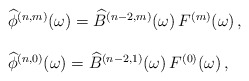
\begin{align*} \begin{array}{l}{\widehat \phi}^{(n,m)}(\omega)={\widehat B}^{(n-2,m)} (\omega)\,F^{(m)}(\omega)\,, \\ \\{\widehat \phi}^{(n,0)}(\omega) = {\widehat B}^{(n-2,1)} (\omega)\,F^{(0)}(\omega)\,,\end{array}\end{align*}